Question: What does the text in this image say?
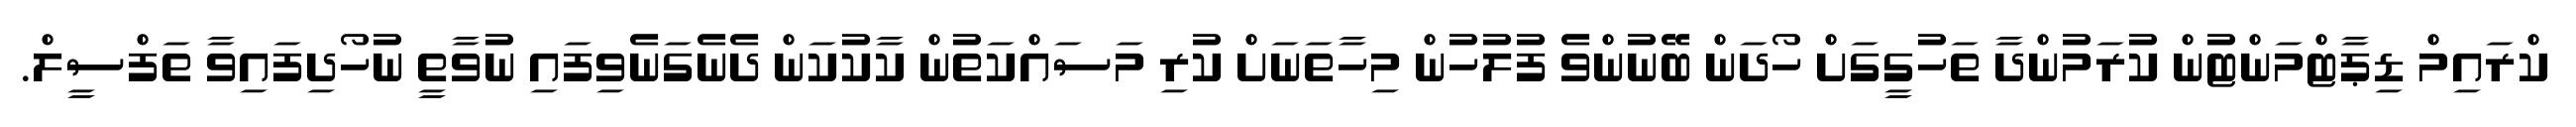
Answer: ކްރައިމް ޑިޕާޓްމަންޓުން ކުރަމުންދާ ތަހުގީގަށް ހޯދަން ބޭނުންވެ ފުލުހުން މިހާތަނަށް ކުރި މަސައްކަތުން ކާކުކަން ދެނެގަނެވިފައި ނުވާތީ ނުހޯދިފައިވާ ތަފްސީލް.